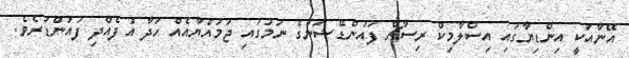
އޭނާއަކީ އިންޑިޔާގައި އިސްލާމިކް ރިސާޗް ފައުންޑޭޝަންގެ ނަމުގައި ޖަމުއްޔާއެއް ހަދާ އުފެއްދި ފައުންޑަރެވެ.